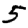
Digit: 5